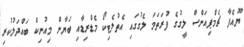
ޔޫއެފާ ޗެމްޕިއަންސް ލީގުގެ ފުރަތަމަ ލެގުގައި އެތުލެޓިކޯ މެޑްރިޑާއި ބަޔާން މިއުނިކް ބައްދަލުކުރި